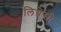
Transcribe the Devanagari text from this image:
लिथ्रेसी